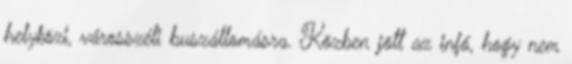
helyközi, városszéli buszállomásra. Közben jött az infó, hogy nem